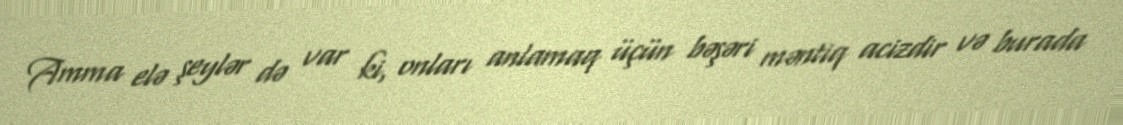
Amma elə şeylər də var ki, onları anlamaq üçün bəşəri məntiq acizdir və burada